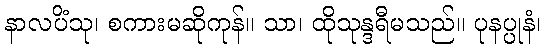
နာလပိံသု၊ စကားမဆိုကုန်။ သာ၊ ထိုသုန္ဒရီမသည်။ ပုနပ္ပုနံ၊